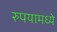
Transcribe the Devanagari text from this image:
रुपयामध्ये